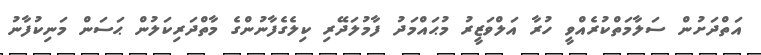
އަތްދަށުން ސަލާމަތްކުރެއްވީ ހުރާ އަލްވަޒީރު މުޙައްމަދު ފާމުލަދޭރި ކިލެގެފާނުންގެ މާތްދަރިކަލުން ޙަސަން މަނިކުފާނު